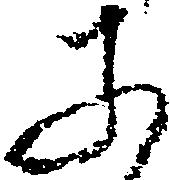
そ